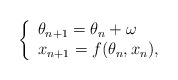
\begin{align*}\left\{\begin{array}{l}\theta_{n+1} = \theta_n + \omega \\x_{n+1} = f(\theta_n, x_n),\end{array}\right.\end{align*}